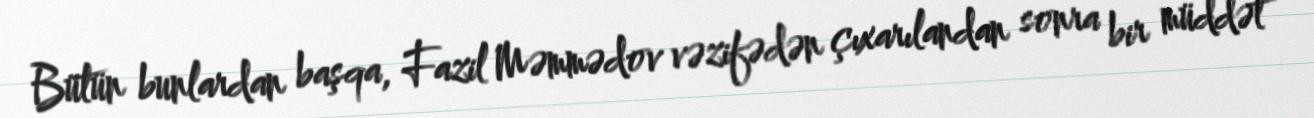
Bütün bunlardan başqa, Fazil Məmmədov vəzifədən çıxarılandan sonra bir müddət